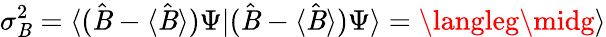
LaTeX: \sigma_{\mathit{B}}^{2}=\langle({\hat{{\mathit{B}}}}-\langle{\hat{{\mathit{B}}}}\rangle)\Psi|({\hat{{\mathit{B}}}}-\langle{\hat{{\mathit{B}}}}\rangle)\Psi\rangle=\langleg\midg\rangle